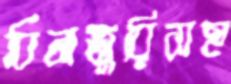
বিনাজুরিসহ